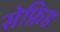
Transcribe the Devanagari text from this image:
सेफ्रिड